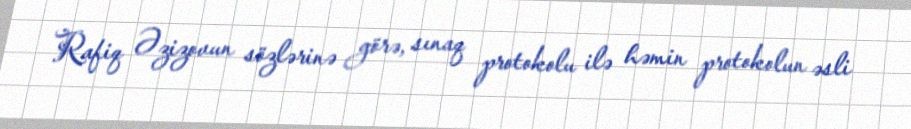
Rafiq Əzizovun sözlərinə görə, sınaq protokolu ilə həmin protokolun əsli